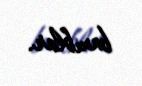
baxıblar.